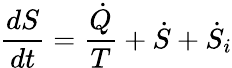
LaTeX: {\frac{dS}{dt}}={\frac{\dot{Q}}{T}}+{\dot{S}}+{\dot{S}}_{i}